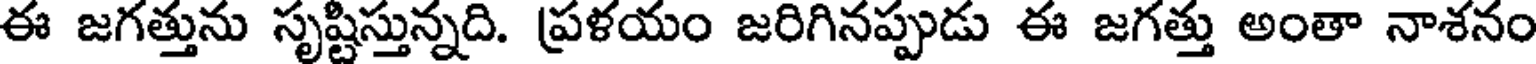
ఈ జగత్తును సృష్టిస్తున్నది. ప్రళయం జరిగినప్పుడు ఈ జగత్తు అంతా నాశనం